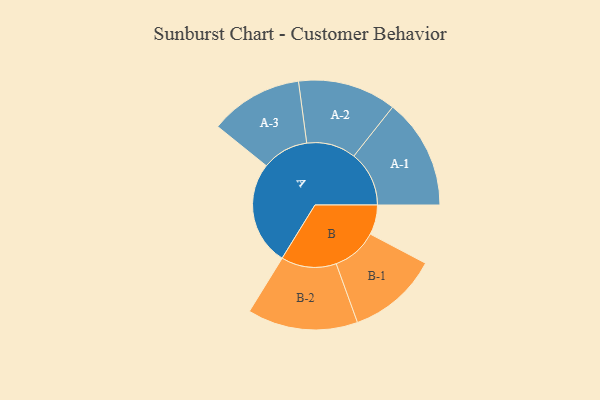
{"axis": {"x": "Segment", "y": "Value"}, "legend": ["", "A", "B"], "data": [{"x": "A", "y": 420, "type": ""}, {"x": "B", "y": 120, "type": ""}, {"x": "A-1", "y": 223, "type": "A"}, {"x": "A-2", "y": 199, "type": "A"}, {"x": "A-3", "y": 188, "type": "A"}, {"x": "B-1", "y": 183, "type": "B"}, {"x": "B-2", "y": 223, "type": "B"}]}